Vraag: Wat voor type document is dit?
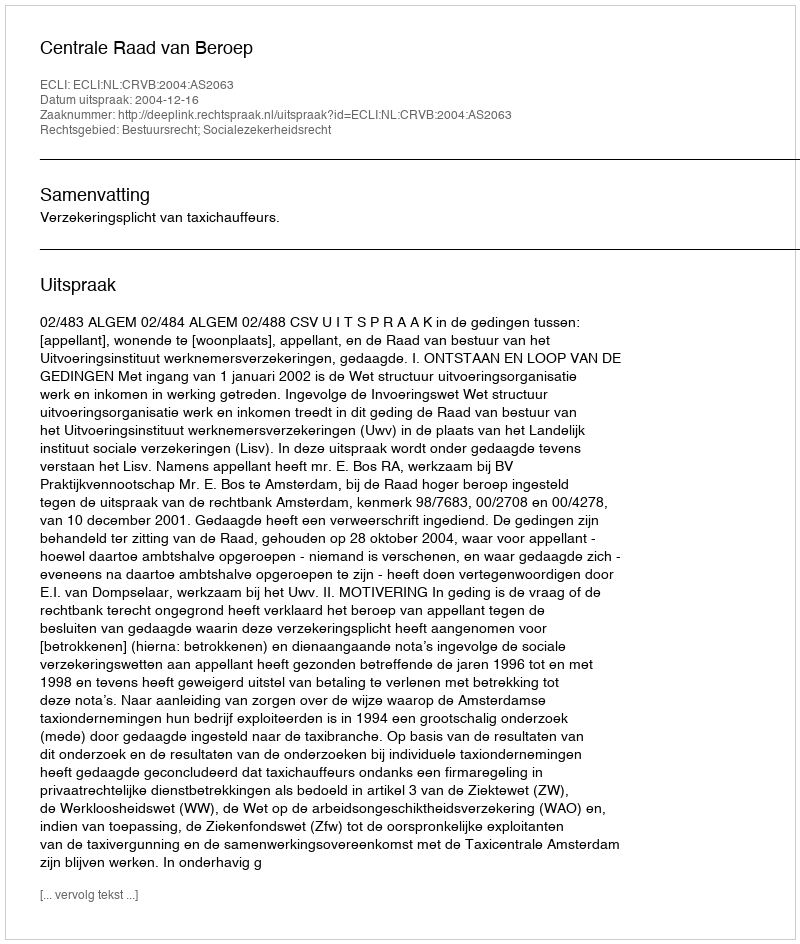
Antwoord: Uitspraak